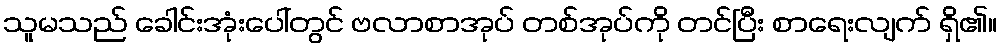
သူမသည် ခေါင်းအုံးပေါ်တွင် ဗလာစာအုပ် တစ်အုပ်ကို တင်ပြီး စာရေးလျက် ရှိ၏။